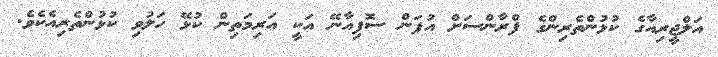
އަލްޖީރިއާގެ ކުޅުންތެރިންގެ ފްރާންސަށް އުފަން ސޮފިއާނޭ އަކީ އަރިމަތިން ކުޅޭ ހަލުވި ކުޅުންތެރިއެކެވެ.